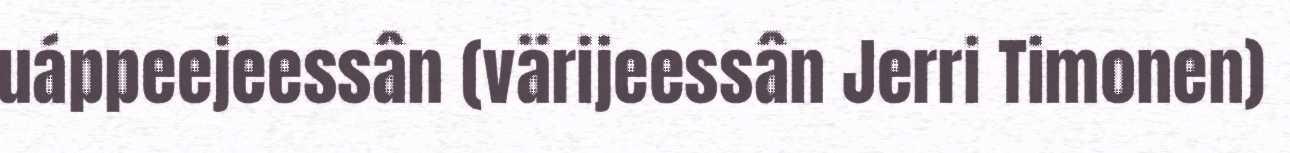
uáppeejeessân (värijeessân Jerri Timonen)